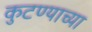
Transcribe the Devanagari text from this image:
कुटण्याच्या